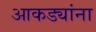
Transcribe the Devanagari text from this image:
आकड्यांना